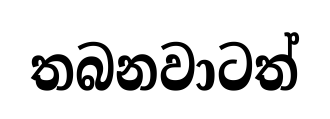
තබනවාටත්